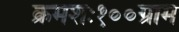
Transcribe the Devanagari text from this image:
क्रमशः१००ग्राम